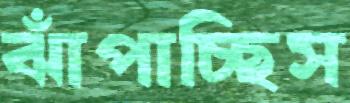
ঝাঁপাচ্ছিস